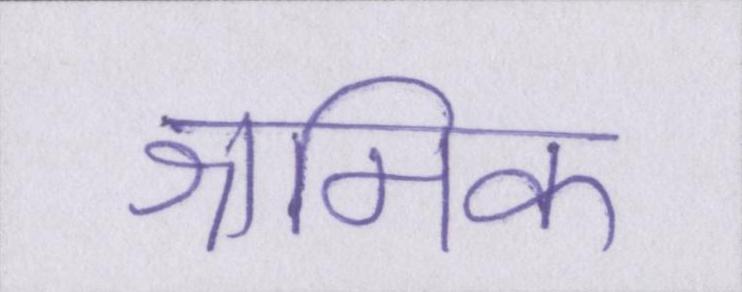
श्रमिक